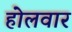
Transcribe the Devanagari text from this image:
होलवार